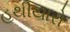
હથીયારો